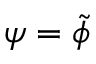
\psi = \tilde { \phi }